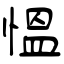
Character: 愠